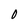
Character: 0